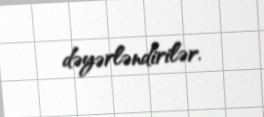
dəyərləndirilər.